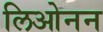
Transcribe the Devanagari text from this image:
लिओनन